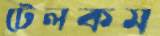
টেলকম